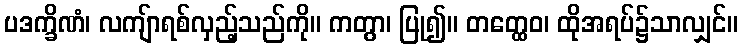
ပဒက္ခိဏံ၊ လကျ်ာရစ်လှည့်သည်ကို။ ကတွာ၊ ပြု၍။ တတ္ထေဝ၊ ထိုအရပ်၌သာလျှင်။